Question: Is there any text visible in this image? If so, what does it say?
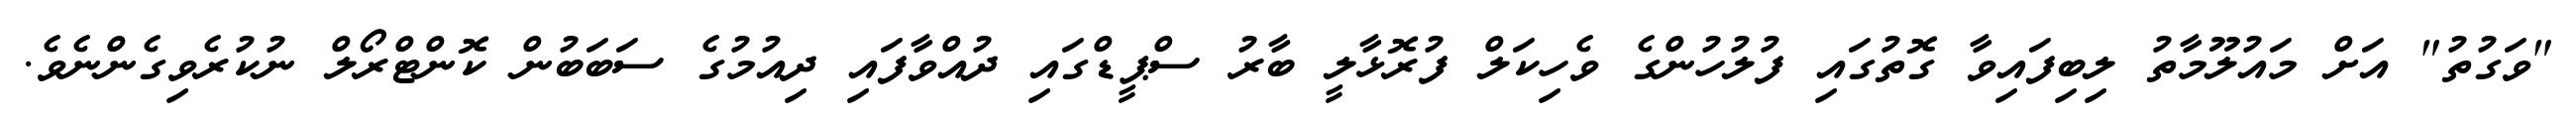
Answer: "ވަގުތު" އަށް މައުލޫމާތު ލިބިފައިވާ ގޮތުގައި ފުލުހުންގެ ވެހިކަލް ފުރޮޅާލީ ބާރު ސްޕީޑްގައި ދުއްވާފައި ދިއުމުގެ ސަބަބުން ކޮންޓްރޯލް ނުކުރެވިގެންނެވެ.